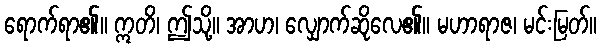
ရောက်ရာ၏။ ဣတိ၊ ဤသို့။ အာဟ၊ လျှောက်ဆိုလေ၏။ မဟာရာဇ၊ မင်းမြတ်။